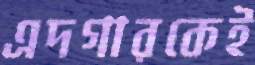
এদগারকেই